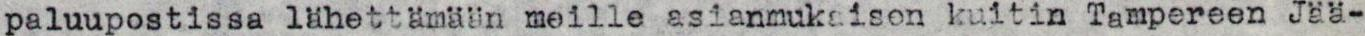
paluupostissa lähettämään meille asianmukaisen kuitin Tampereen Jää-